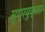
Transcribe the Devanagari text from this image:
सुप्रयुक्ता